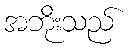
အဘိုးသည်